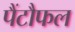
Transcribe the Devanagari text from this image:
पैंटौफल